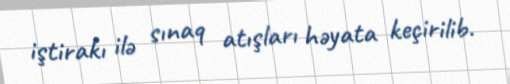
iştirakı ilə sınaq atışları həyata keçirilib.